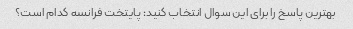
بهترین پاسخ را برای این سوال انتخاب کنید: پایتخت فرانسه کدام است؟